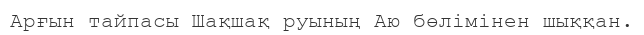
Арғын тайпасы Шақшақ руының Аю бөлімінен шыққан.